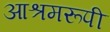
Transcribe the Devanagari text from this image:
आश्रमरूपी